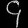
Digit: ၄